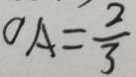
O A = \frac { 2 } { 3 }